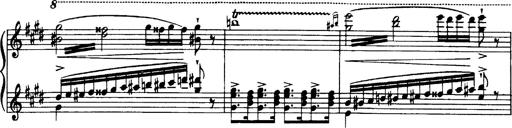
Title: OuvertÃ¼re zu TannhÃ¤user
Composer: Franz Liszt